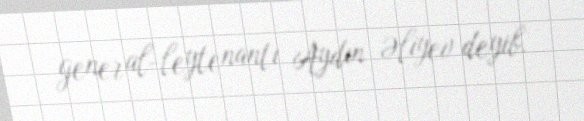
general-leytenantı Aydın Əliyev deyib.